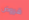
قروض